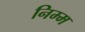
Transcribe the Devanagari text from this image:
निम्‍म